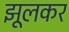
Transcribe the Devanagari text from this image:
झूलकर